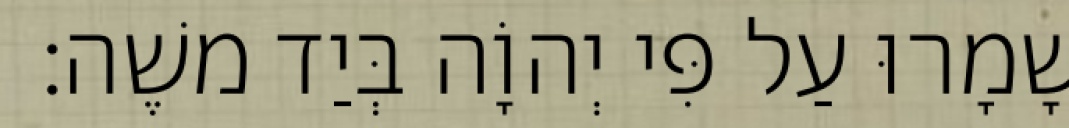
שָׁמָרוּ עַל פִּי יְהוָֹה בְּיַד משֶׁה׃